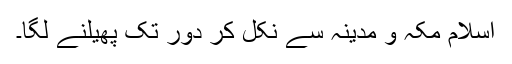
اسلام مکہ و مدینہ سے نکل کر دور تک پھیلنے لگا۔